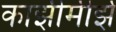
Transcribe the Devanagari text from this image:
काझीमीर्झ